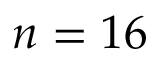
n = 1 6